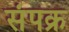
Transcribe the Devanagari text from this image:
संपक्र